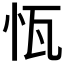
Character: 𱞈